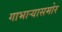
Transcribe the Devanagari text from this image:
गाभार्‍यासमोर